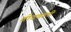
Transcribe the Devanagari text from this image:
गोदवाती